Code of medical and sanitary regulations for the guidance of medical officers serving in the Madras Presidency - Volume I
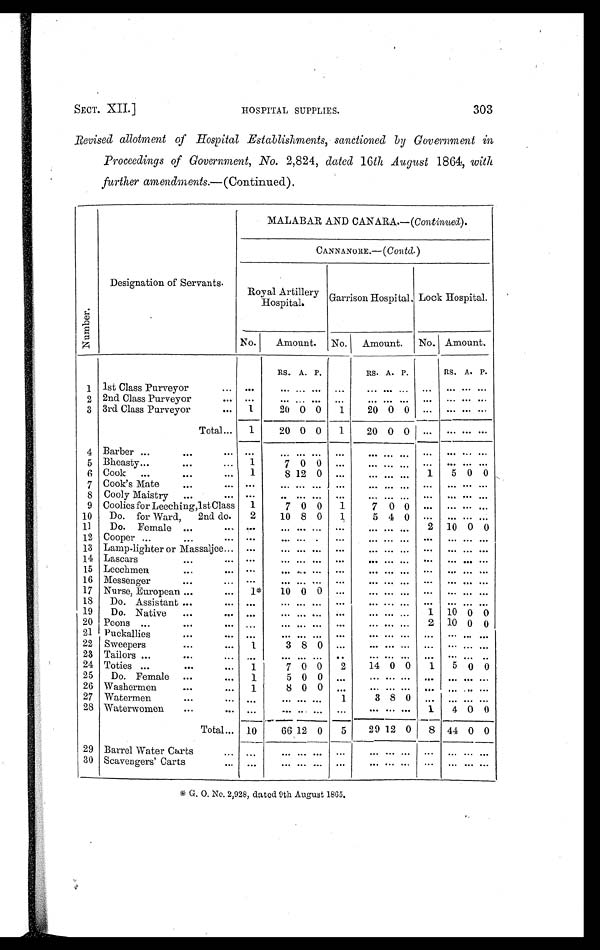
SECT. XII.]
HOSPITAL SUPPLIES.
303
Revised allotment of Hospital Establishments, sanctioned by Government in
Proceedings of Government, No. 2,824, dated 16 th August 1864, with
further amendments.— (Continued).
Numbe r .
Designation of Servants.
MALABAR AND CANARA.—( Continued).
CANNANORE.—( Contd. )
Royal Artillery
Hospital.
Garrison Hospital. Lock Hospital.
No.
Amount. No. Amount. No. Amount.
RS. A. P.
RS. A. P.
RS. A. P.
1 1st Class Purveyor
. . .
. . .
. . . . . . . . .
. . .
. . .
... ...
. . .
. . .
. . . . . .
2 2nd Class Purveyor
. . .
. . .
. . . . . . . . .
. . .
. . .
... ...
. . .
. . .
. . . . . .
3 3rd Class Purveyor
. . . 1
20 0 0
1
20 0 0 . . .
. . .
. . . . . .
Total ... 1
20 0 0 1
20 0 0 ...
. . . . . . . . .
4 Barber ...
...
. . .
. . .
... ... ... ...
. . . ... ...
. . .
. . . . . . . . .
5 Bheasty ...
... . . . 1
7 0 0 ...
... ... ...
. . .
. . . . . . . . .
6 Cook ...
...
. . . 1
8 12 0 ...
... ... ...
1
5 0 0
7 Cook's Mate
...
. . .
. . .
. . . . . . . . . . . .
. . . ... ...
. . .
. . . . . .
. . .
8 Cooly Maistry ...
. . .
. . .
. . . . . . . . . . .
. . . ... ...
. . .
. . . . . .
. . .
9 Coolies for Leeching, lst Class 1
7 0 0
1
7 0 0 ...
. . . . . . . . .
10 Do. for Ward, 2nd do.
2
10 8 0
1
5 4 0
. . . ... . . . ...
11
Do. Female ...
. . .
. . .
. . . . . . . . .
. . .
. . . ...
. . . 2 10 0 0
12 Cooper ...
...
. . .
. . .
. . . . . . . . .
. . .
. . . ...
. . .
. . .
. . . . . . . . .
13 Lamp-lighter or Massaljee . . . . . .
. . . . . . . . .
. . .
. . . ...
. . .
. . .
. . . . . . . . .
14 Lascars
...
. . . . . .
. . . . . . . . .
. . .
. . . ...
. . .
. . .
. . . . . . . . .
15 Leechmen
...
. . .
. . .
. . . . . . . . .
. . .
. . . ...
. . .
. . .
. . . . . . . . .
16 Messenger
...
. . . . . .
. . . . . . . . .
. . .
. . . ...
. . .
. . .
. . . . . . . . .
17 Nurse, European ...
. . . 1* 10 0 0 ...
. . . ...
. . .
. . .
. . . . . . . . .
18 Do. Assistant ...
. . . ...
. . . . . . . . .
. . .
. . . ... ...
. . .
. . . . . . .. .
19
Do. Native ...
. . .
. . .
. . . . . . . . .
. . .
. . . ... ...
1 10 0 0
20 Peons ...
...
. . .
. . .
. . . . . . . . .
. . .
. . .
... ...
2 10 0 0
21 Puckallies
...
. . . ...
. . . . . . . . .
. . .
. . .
... ...
. . .
. . . . . . . . .
22 Sweepers
...
. . . 1
3 8 0 ...
. . .
... ...
. . .
. . . . . . . . .
23 Tailors ...
...
. . . ...
. . . . . . . . .
. .
. . .
... ...
. . .
. . . . . . . .
24 Toties ...
...
. . . 1
7 0 0
2
14 0 0
1
5 0 0
25 Do. Female ...
. . . 1
5 0 0
. . .
. . .
...
. . .
. . .
. . . . . . . . .
26 Washermen
...
... 1
8 0 0
. . .
. . .
...
. . .
. . .
. . . . . . . . .
27 Watermen
...
... ...
. . . . . . . . . 1
3 8 0
. . .
. . . . . . . . .
28 Waterwomen
...
... ...
. . . . . . . . .
. . .
. . .
...
. . . 1
4 0 0
Total ... 10
66 12 0
5
29 12 0 8 44 0 0
29 Barrel Water Carts
. . . ...
. . . . . . . . .
. . .
. . .
... ...
. . .
. . . . . . . . .
30 Scavengers' Carts
. . .
. . .
. . . . . . . . .
. . .
. . .
... ...
. . .
. . . . . . . . .
* G . O . N o . 2 , 9 2 8 , d a t e d 9 t h A u g u s t 1 8 6 5 .